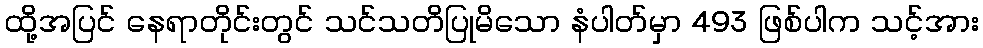
ထို့အပြင် နေရာတိုင်းတွင် သင်သတိပြုမိသော နံပါတ်မှာ 493 ဖြစ်ပါက သင့်အား